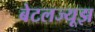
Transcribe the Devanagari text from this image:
बेटलज्यूझ